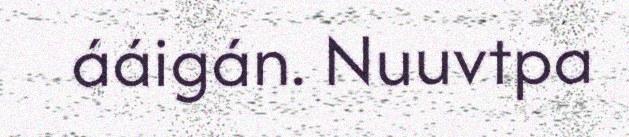
ááigán. Nuuvtpa